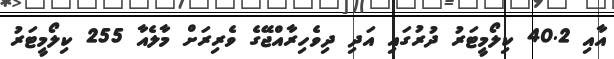
އާއި 40.2 ކިލޯމީޓަރު ދުރުގައި އަދި ދިވެހިރާއްޖޭގެ ވެރިރަށް މާލެއާ 255 ކިލޯމީޓަރު